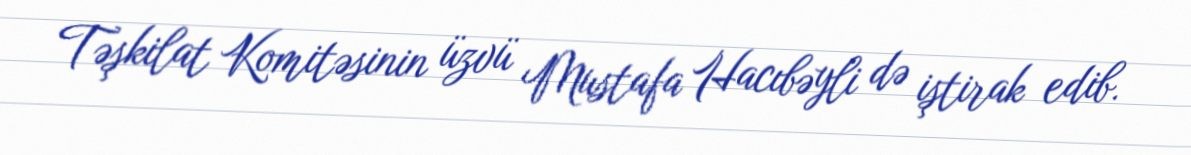
Təşkilat Komitəsinin üzvü Mustafa Hacıbəyli də iştirak edib.